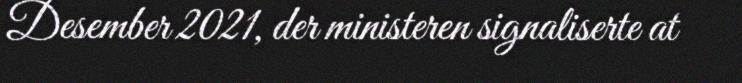
Desember 2021, der ministeren signaliserte at